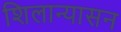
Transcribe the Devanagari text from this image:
शिलान्यासन